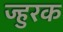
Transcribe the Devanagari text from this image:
ज्हुरक